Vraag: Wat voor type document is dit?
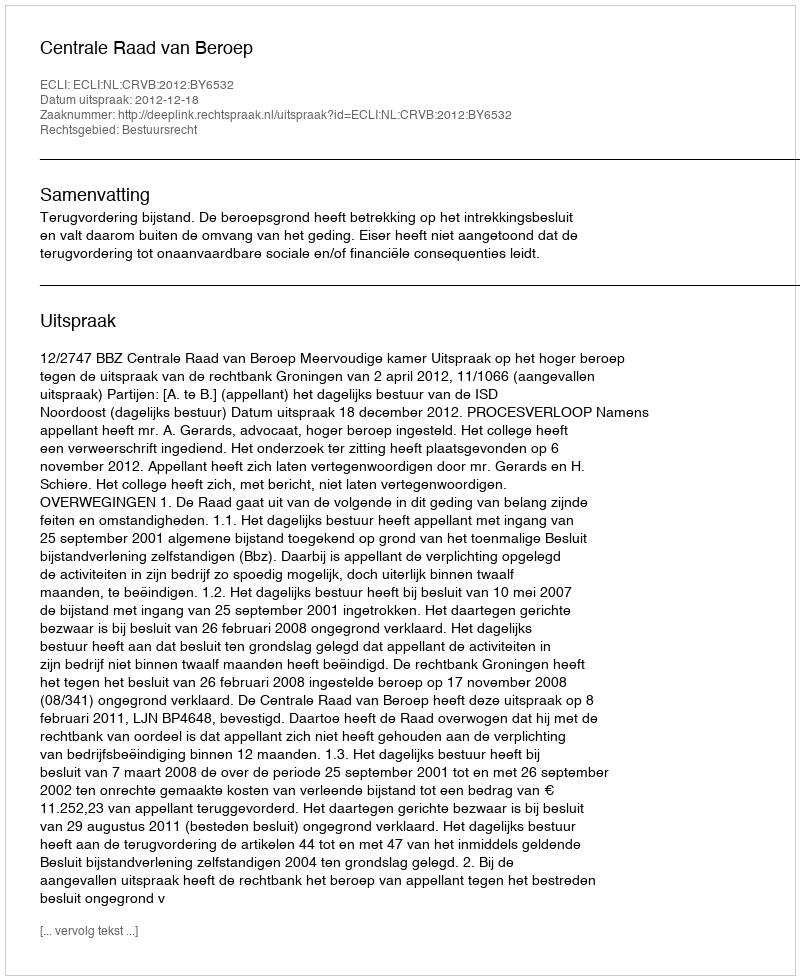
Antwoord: Uitspraak